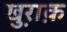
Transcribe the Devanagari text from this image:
खु़राक़